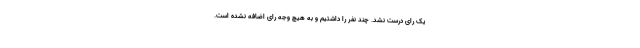
یک رای درست نشد. چند نفر را داشتیم و به هیچ وجه رای اضافه نشده است.